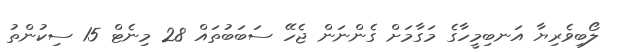
ލޯބިވެރިޔާ އަނބިމީހާގެ މަގާމަށް ގެންނަން ޖެހޭ ސަބަބުތައް 28 މިނެޓް 15 ސިކުންތު